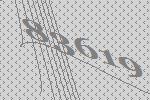
83619